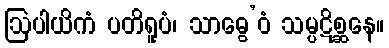
ဩပါယိကံ ပတိရူပံ၊ သာဓွေ’ဝံ သမ္ပဋိစ္ဆနေ။